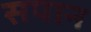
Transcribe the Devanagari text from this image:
सपान